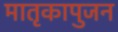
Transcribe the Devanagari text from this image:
मातृकापुजन